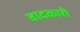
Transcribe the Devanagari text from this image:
वादकारी